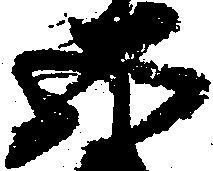
五